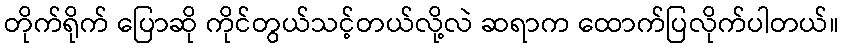
တိုက်ရိုက် ပြောဆို ကိုင်တွယ်သင့်တယ်လို့လဲ ဆရာက ထောက်ပြလိုက်ပါတယ်။